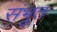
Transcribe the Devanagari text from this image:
संभूत